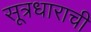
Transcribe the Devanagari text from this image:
सूत्रधाराची